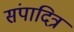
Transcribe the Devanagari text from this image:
संपादित्र